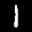
Label: 1